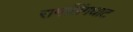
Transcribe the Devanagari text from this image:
रामलिंगघाट